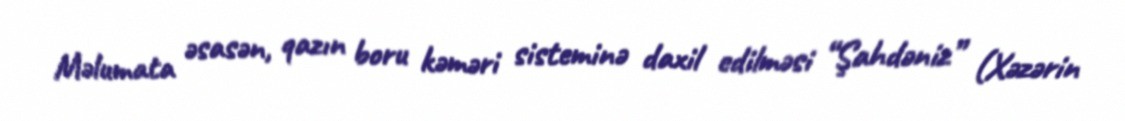
Məlumata əsasən, qazın boru kəməri sisteminə daxil edilməsi “Şahdəniz” (Xəzərin